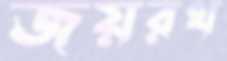
জয়রথ